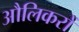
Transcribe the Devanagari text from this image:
औलिकरों